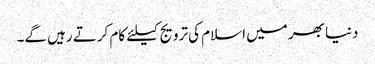
دنیا بھر میں اسلام کی ترویج کیلئے کام کرتے رہیں گے۔